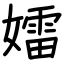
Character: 𡢽